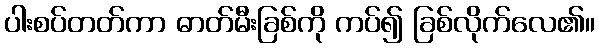
ပါးစပ်တတ်ကာ ဓာတ်မီးခြစ်ကို ကပ်၍ ခြစ်လိုက်လေ၏။